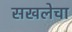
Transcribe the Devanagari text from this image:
सखलेचा